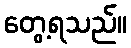
တွေ့ရသည်။